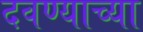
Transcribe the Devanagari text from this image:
दवण्याच्या